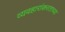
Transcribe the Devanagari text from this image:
व्यवहारांकरताच्या